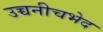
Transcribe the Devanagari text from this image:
उच्चनीचभेद